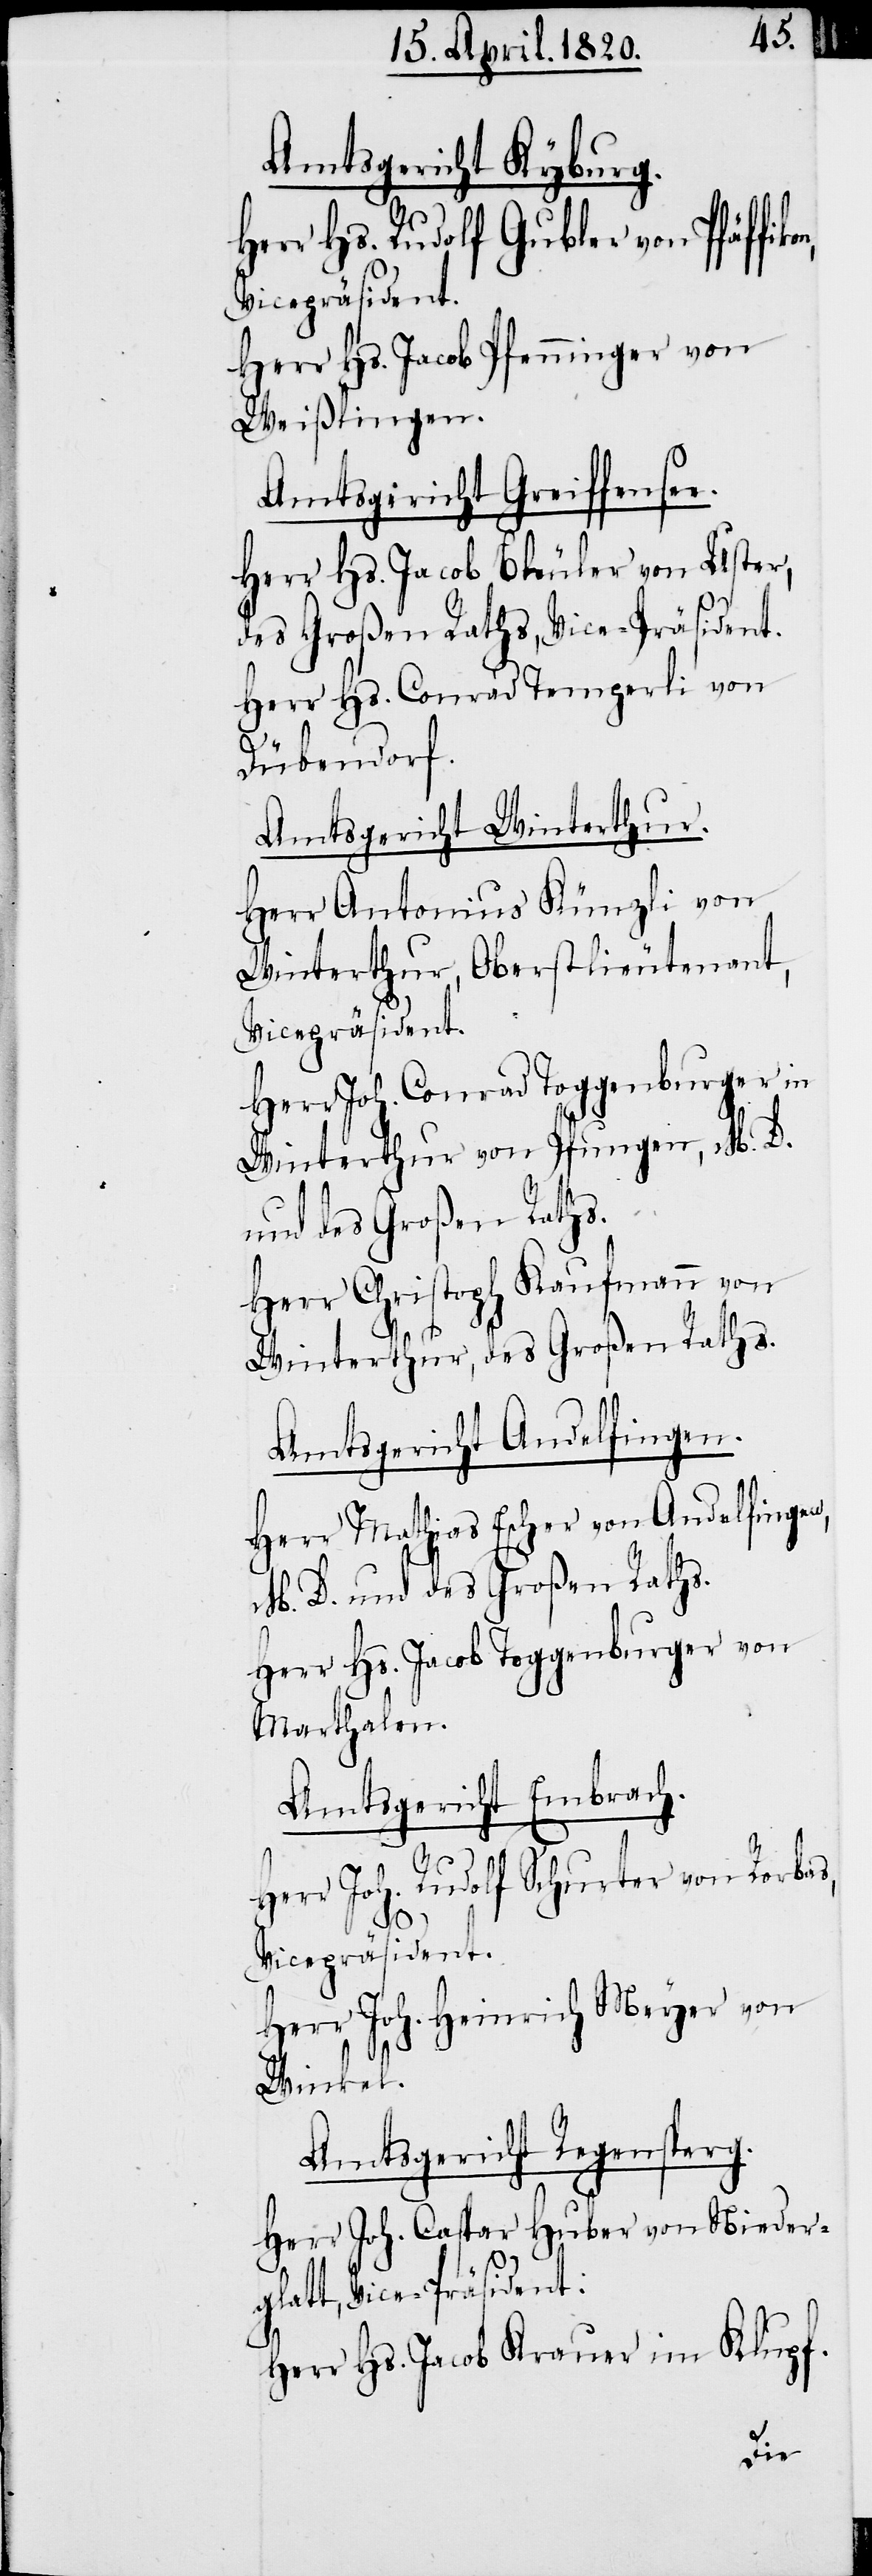
Amtsgericht Kyburg.
Herr Hs. Rudolf Gubler von Pfäffik¬
Herr Hs. Jacob Pfenninger von
Weiβlingen.
Amtsgericht Greiffensee.
Herr Hs. Jacob Bleuler von Uster,
des Groβen Raths, Vice-Präsident.
Herr Hs. Conrad Temperli von
Dübendorf.
Amtsgericht Winterthur.
Herr Antonius Künzli von
Winterthur, Oberstlieutenant,
Vicepräsident.
Herr Joh. Conrad Toggenburger in
Winterthur von Pfungen, M. D.
und des Groβen Raths.
Herr Christoph Kaufmann von
Winterthur, des Groβen Raths.
Amtsgericht Andelfingen.
Herr Mathias Escher von Andelfingen,
M. D. und des Groβen Raths.
Herr Hs. Jacob Toggenburger von
Marthalen.
Amtsgericht Embrach.
Herr Joh. Rudolf Schurter von Rorbas,
on,
Vicepräsident.
Herr Joh. Heinrich Meyer von
Winkel.
Amtsgericht Regensperg.
Herr Joh. Caspar Huber von Nieder¬
glatt, Vice-Präsident:
Herr Hs . Jacob Krauer im Klupf.